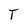
Character: T